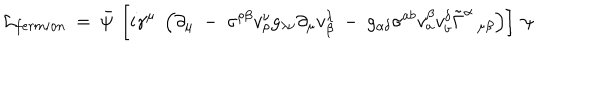
{ \cal L } _ { f e r m i o n } ~ = ~ \bar { \psi } ~ \left[ i \gamma ^ { \mu } ~ \left( \partial _ { \mu } ~ - ~ \sigma ^ { \rho \beta } v _ { \rho } ^ { \nu } g _ { \lambda \nu } \partial _ { \mu } v _ { \beta } ^ { \lambda } ~ - ~ g _ { \alpha \delta } \sigma ^ { a b } v _ { a } ^ { \beta } v _ { b } ^ { \delta } \tilde { \Gamma } ^ { \alpha } \, _ { \mu \beta } \right) \right] ~ \psi